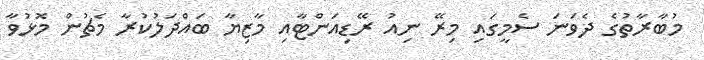
މުބާރާތުގެ ދެވަނަ ސެމީގައި މިރޭ ނިއު ރޭޑިއަންޓާއި މާޒިޔާ ބައްދަލުކުރާ މެޗުން މޮޅުވާ